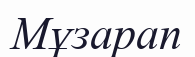
Мұзарап